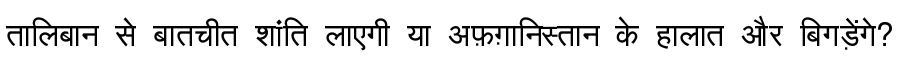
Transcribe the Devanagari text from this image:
तालिबान से बातचीत शांति लाएगी या अफ़ग़ानिस्तान के हालात और बिगड़ेंगे?